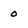
Character: o